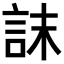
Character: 𮘀